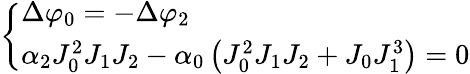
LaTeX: \left\{ \begin{array}{l}{\Delta\varphi_{0}=-\Delta\varphi_{2}}\\ {\alpha_{2}J_{0}^{2}J_{1}J_{2}-\alpha_{0}\left(J_{0}^{2}J_{1}J_{2}+J_{0}J_{1}^{3}\right)=0}\end{array}\right.